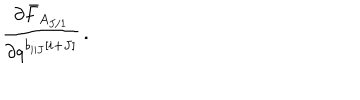
LaTeX: \frac { \partial \bar { F } _ { A _ { J / 1 } } } { \partial q ^ { b _ { i | J } \left[ i + J \right] } } \, .